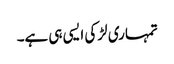
تمہاری لڑکی ایسی ہی ہے۔